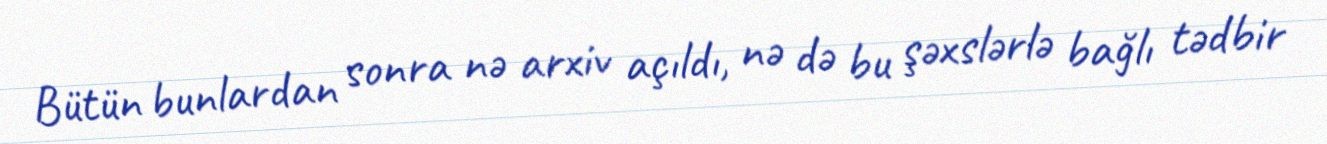
Bütün bunlardan sonra nə arxiv açıldı, nə də bu şəxslərlə bağlı tədbir